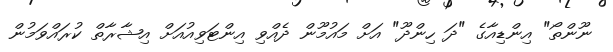
ނޫންތޯ" އިންޑިއާގެ "ދަ ހިންދޫ" އަށް މައުމޫން ދެއްވި އިންޓަވިއުއަށް އިޝާރާތް ކުރައްވަމުން